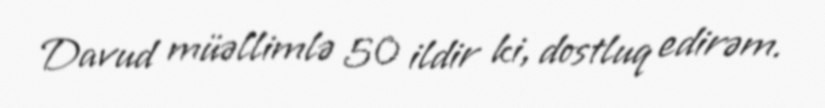
Davud müəllimlə 50 ildir ki, dostluq edirəm.